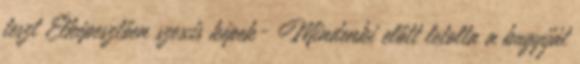
teszt Elképesztően szexis képek- Mindenki előtt letolta a bugyiját